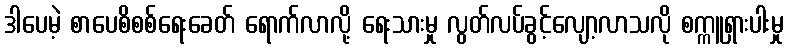
ဒါပေမဲ့ စာပေစိစစ်ရေးခေတ် ရောက်လာလို့ ရေးသားမှု လွတ်လပ်ခွင့်လျော့လာသလို စက္ကူရှားပါးမှု